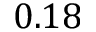
0 . 1 8